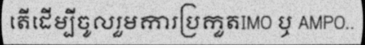
តើដើម្បីចូលរួមការប្រកួតIMO ឬ AMPO..